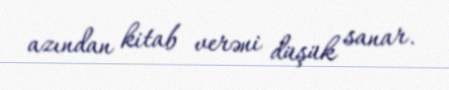
azından kitab verəni düşük sanar.